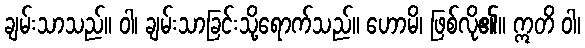
ချမ်းသာသည်။ ဝါ၊ ချမ်းသာခြင်းသို့ရောက်သည်။ ဟောမိ၊ ဖြစ်လို၏။ ဣတိ ဝါ၊